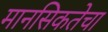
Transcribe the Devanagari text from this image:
मानसिकतेचा